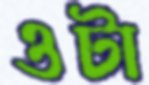
ওটা